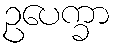
ဥပေက္ခာ